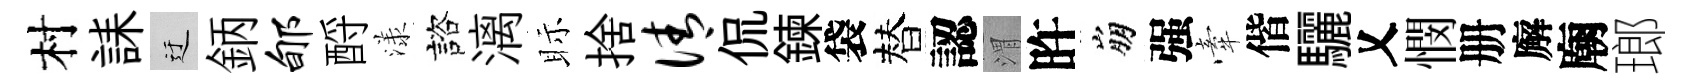
村誄迂鈵郇酹漾諮漓眎捨倩侃鍊袋替認渭旿崩强牽偕驪乂憫册廨廟瑯